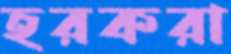
হরকরা